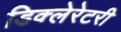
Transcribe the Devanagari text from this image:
डिक्लेरेटरी